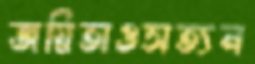
জয়িতাওসত্যন